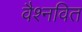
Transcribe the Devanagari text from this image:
वैश्नवित